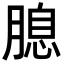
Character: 𦞜